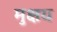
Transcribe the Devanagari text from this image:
मुक्षय